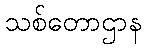
သစ်တောဌာန